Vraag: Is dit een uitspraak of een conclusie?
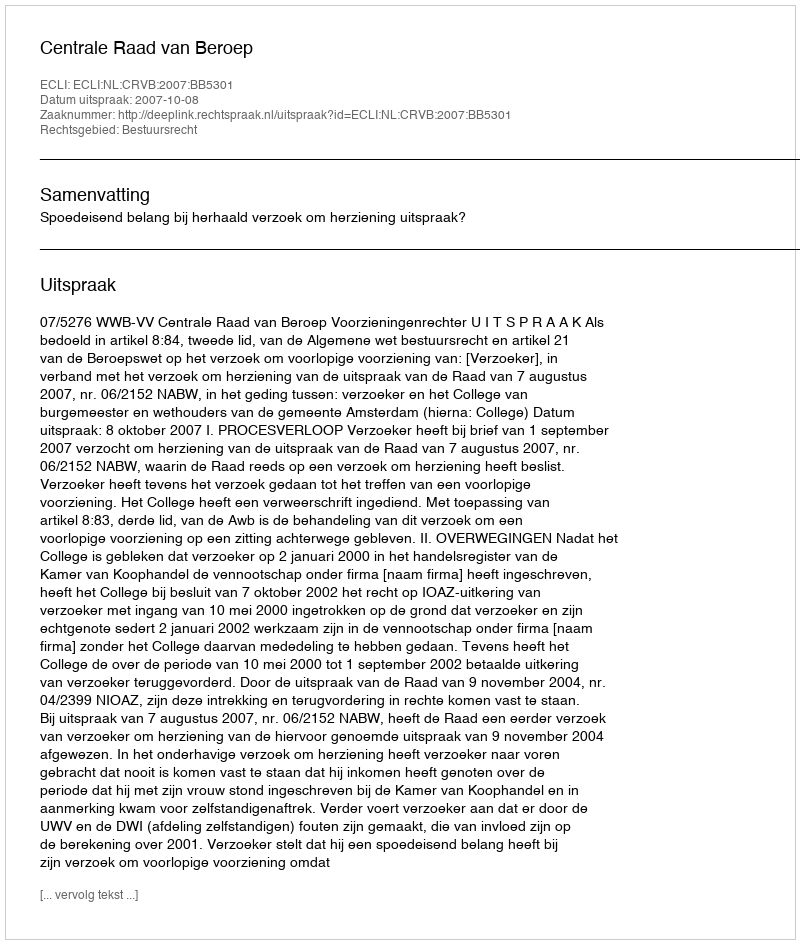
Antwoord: Uitspraak